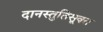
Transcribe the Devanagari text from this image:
दानस्तुतिसूक्त